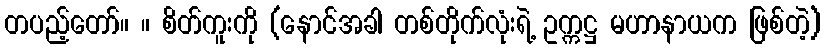
တပည့်တော်။ ။ စိတ်ကူးကို (နောင်အခါ တစ်တိုက်လုံးရဲ့ ဥက္ကဋ္ဌ မဟာနာယက ဖြစ်တဲ့)